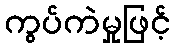
ကွပ်ကဲမှုဖြင့်